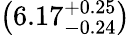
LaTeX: \left(6.17_{-0.24}^{+0.25}\right)